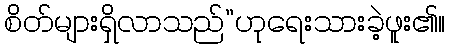
စိတ်များရှိလာသည်”ဟုရေးသားခဲ့ဖူး၏။